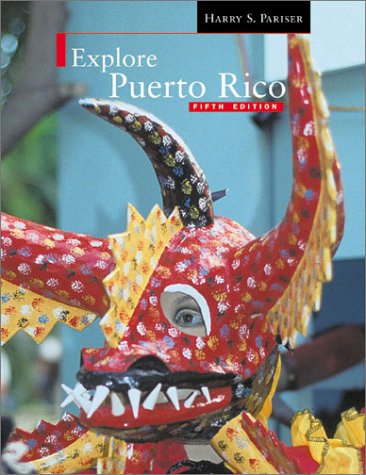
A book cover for Explore Puerto Rico Fifth Edition; First Last; Travel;